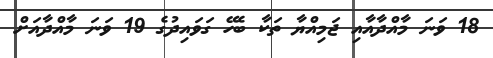
18 ވަނަ މާއްދާއާއި ޖަމިއްޔާ ތަކާ ބެހޭ ގަވައިދުގެ 19 ވަނަ މާއްދާއަށް